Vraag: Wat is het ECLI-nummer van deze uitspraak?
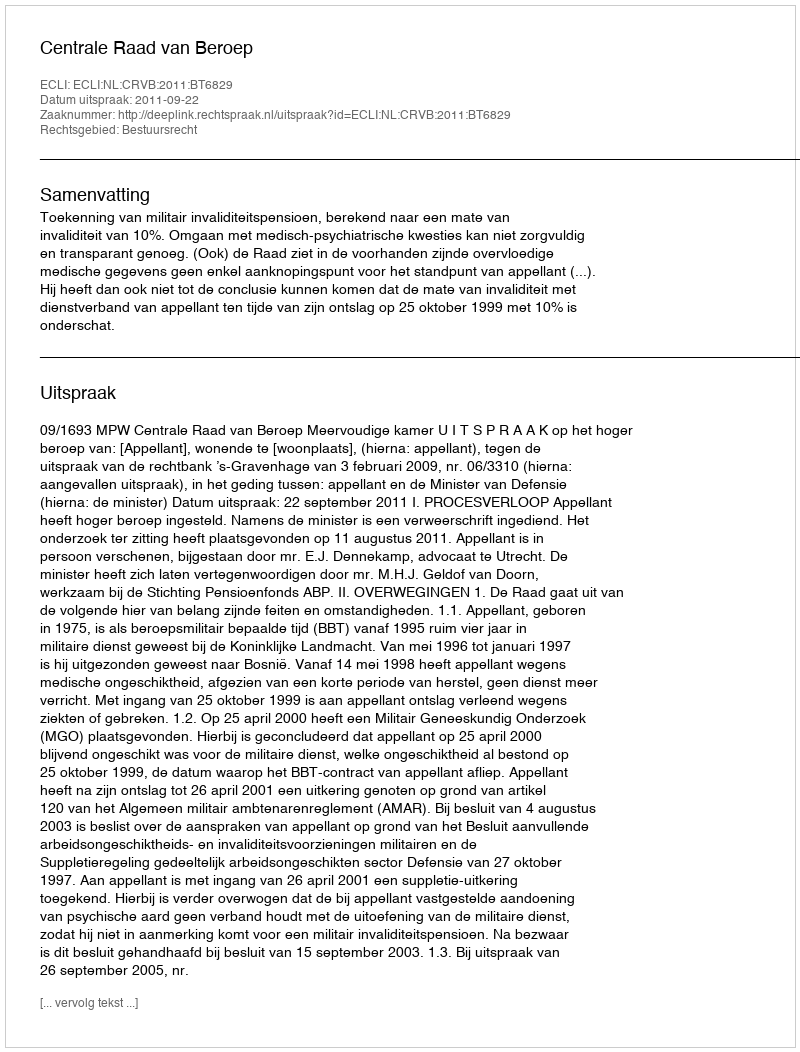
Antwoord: ECLI:NL:CRVB:2011:BT6829